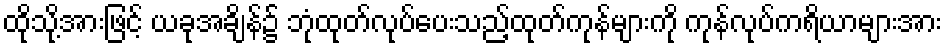
ထိုသို့အားဖြင့် ယခုအချိန်၌ ဘုံထုတ်လုပ်ပေးသည့်ထုတ်ကုန်များကို ကုန်လုပ်ကရိယာများအား